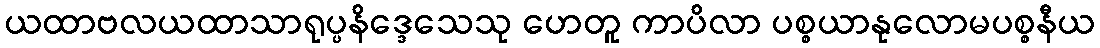
ယထာဗလယထာသာရုပ္ပနိဒ္ဒေသေသု ဟေတူ ကာပိလာ ပစ္စယာနုလောမပစ္စနီယ